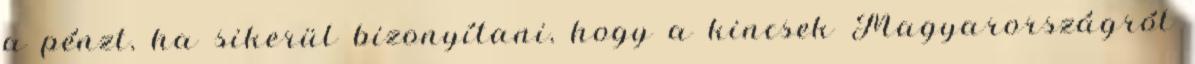
a pénzt, ha sikerül bizonyítani, hogy a kincsek Magyarországról